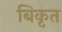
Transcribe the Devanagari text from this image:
बिकृत